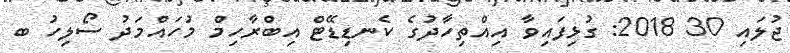
ޖުލައި 30 2018: ގުޅިފައިވާ އިއްތިހާދުގެ ކެނޑިޑޭޓް އިބްރާހިމް މުހައްމަދު ސޯލިހު ބ